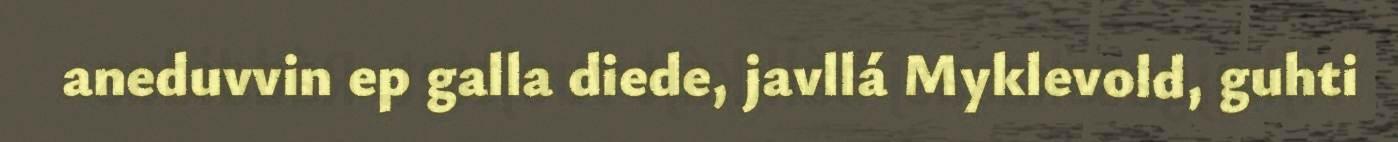
aneduvvin ep galla diede, javllá Myklevold, guhti